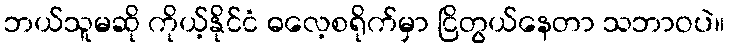
ဘယ်သူမဆို ကိုယ့်နိုင်ငံ ဓလေ့စရိုက်မှာ ငြိတွယ်နေတာ သဘာဝပဲ။